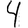
Digit: 4